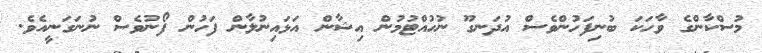
މުސްކާންގެ ވާހަކަ ބުނިފަހުންވެސް އުދަނގޫ ނުހުއްޓުމުން އިޝާން އަޅައިނުލާން ފަހުން ފޯނުވެސް ނުނަގަނީއެވެ.